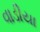
વાડીયા